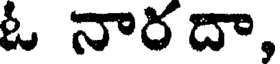
ఓ నారదా,